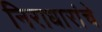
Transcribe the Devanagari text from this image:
निराधारांचे